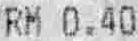
RM 0.40